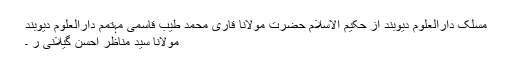
مسلک دارالعلوم دیوبند از حکیم الاسلام حضرت مولانا قاری محمد طیب قاسمیؒ مہتمم دارالعلوم دیوبند
مولانا سید مناظر احسن گیلانی ر ۔